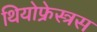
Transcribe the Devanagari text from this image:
थियोफ्रेस्त्रस